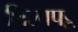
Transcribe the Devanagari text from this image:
शिल्पपट्ट